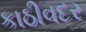
કાઠીવદર